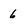
Character: 6